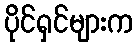
ပိုင်ရှင်များက